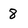
Character: 8